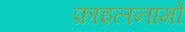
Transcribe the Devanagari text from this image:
फ़ाइलनामों